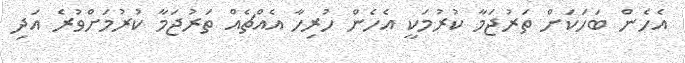
އެހެން ބަހަކަށް ތަރުޖަމާ ކުރުމަކީ އެހެން ހުރިހާ އެއްޗެއް ތަރުޖަމާ ކުރުމަށްވުރެ އަދި